Lunatic asylums in Bengal annual reports 1888-1898 - 1888-1898
Year: 1888
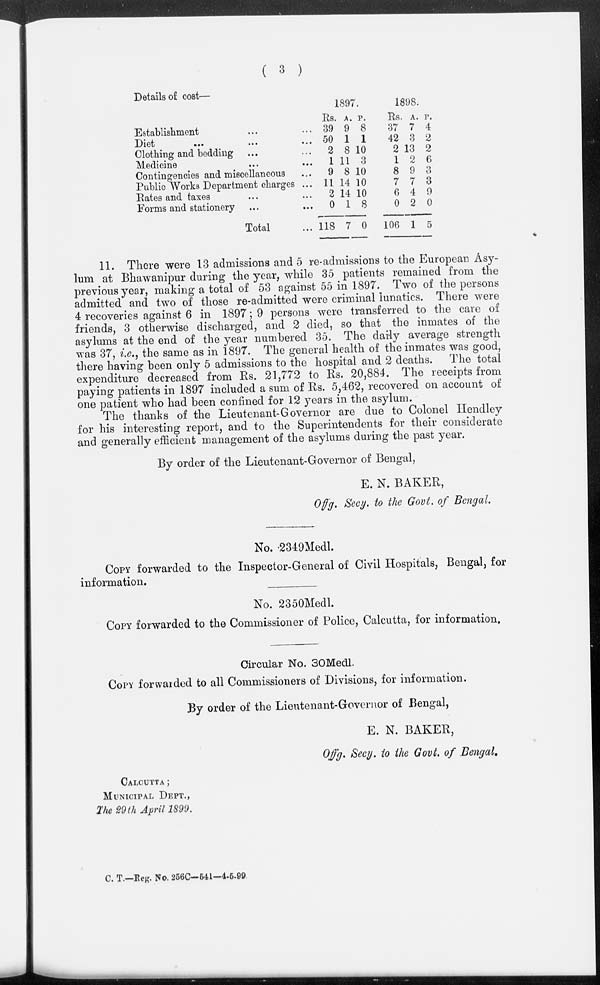
( 3 )
Details of cost—
Establishment ... ...
Diet
...
...
...
Clothing and bedding ... ...
Medicine ... ...
Contingencies and miscellaneous ...
Public Works Department charges ...
Rates and taxes ... ...
Forms and stationery ... ...
Total ...
1897.
Rs.
39
50
2
1
9
11
2
0
118
A.
9
1
8
11
8
14
14
1
7
P.
8
1
10
3
10
10
10
8
0
1898.
Rs.
37
42
2
1
8
7
6
0
106
A.
7
3
13
2
9
7
4
2
1
P.
4
2
2
6
3
3
9
0
5
11. There were 13 admissions and 5 re-admissions to the European Asy-
lum at Bhawanipur during the year, while 35 patients remained from the
previous year, making a total of 53 against 55 in 1897. Two of the persons
admitted and two of those re-admitted were criminal lunatics. There were
4 recoveries against 6 in 1897; 9 persons were transferred to the care of
friends, 3 otherwise discharged, and 2 died, so that the inmates of the
asylums at the end of the year numbered 35. The daily average strength
was 37, i.e., the same as in 1897. The general health of the inmates was good,
there having been only 5 admissions to the hospital and 2 deaths. The total
expenditure decreased from Rs. 21,772 to Rs. 20,884. The receipts from
paying patients in 1897 included a sum of Rs. 5,462, recovered on account of
one patient who had been confined for 12 years in the asylum.
The thanks of the Lieutenant-Governor are due to Colonel Hendley
for his interesting report, and to the Superintendents for their considerate
and generally efficient management of the asylums during the past year.
By order of the Lieutenant-Governor of Bengal,
E. N. BAKER,
Offg. Secy. to the Govt. of Bengal.
No. 2349Medl.
COPY forwarded to the Inspector-General of Civil Hospitals, Bengal, for
information.
No. 2350Medl.
COPY forwarded to the Commissioner of Police, Calcutta, for information.
Circular No. 30Medl.
COPY forwarded to all Commissioners of Divisions, for information.
By order of the Lieutenant-Governor of Bengal,
E. N. BAKER,
Offg. Secy. to the Govt. of Bengal.
CALCUTTA ;
MUNICIPAL DEPT.,
The 29th April 1899.
C. T.—Reg. No. 256C—541—4-5-99.